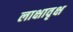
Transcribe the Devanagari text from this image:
लाक्षावृक्ष